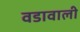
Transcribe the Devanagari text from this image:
वडावाली